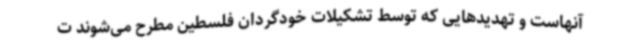
آنهاست و تهدیدهایی که توسط تشکیلات خودگردان فلسطین مطرح می‌شوند ت